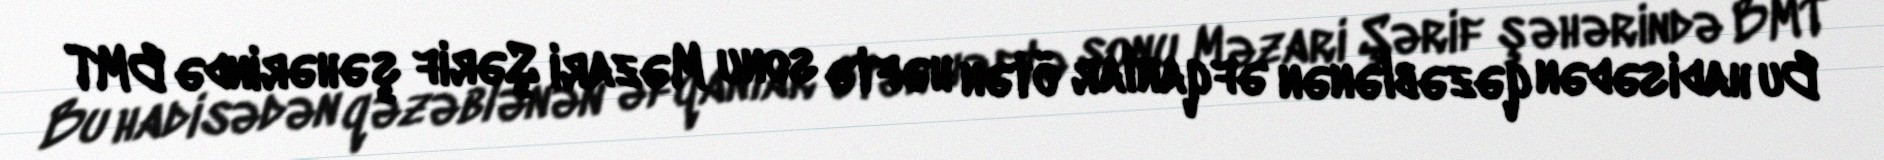
Bu hadisədən qəzəblənən əfqanlar ötən həftə sonu Məzari Şərif şəhərində BMT